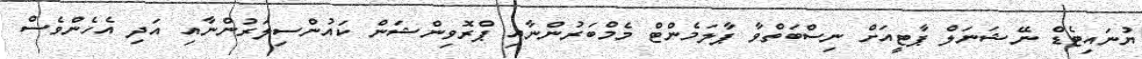
ޔުނައިޓެޑް ނޭޝަނަލް ޕާޓީއަށް ނިސްބަތްވާ ޕާލަމެންޓް މެމްބަރުންނާއި ޕްރޮވިންޝަން ކައުންސިލަރުންނާއި އަދި އެހެންވެސް